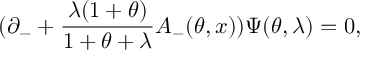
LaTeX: ( \partial _ { - } + \frac { \lambda ( 1 + \theta ) } { 1 + \theta + \lambda } A _ { - } ( \theta , x ) ) \Psi ( \theta , \lambda ) = 0 ,